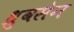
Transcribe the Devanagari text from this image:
ध्रुवसेन